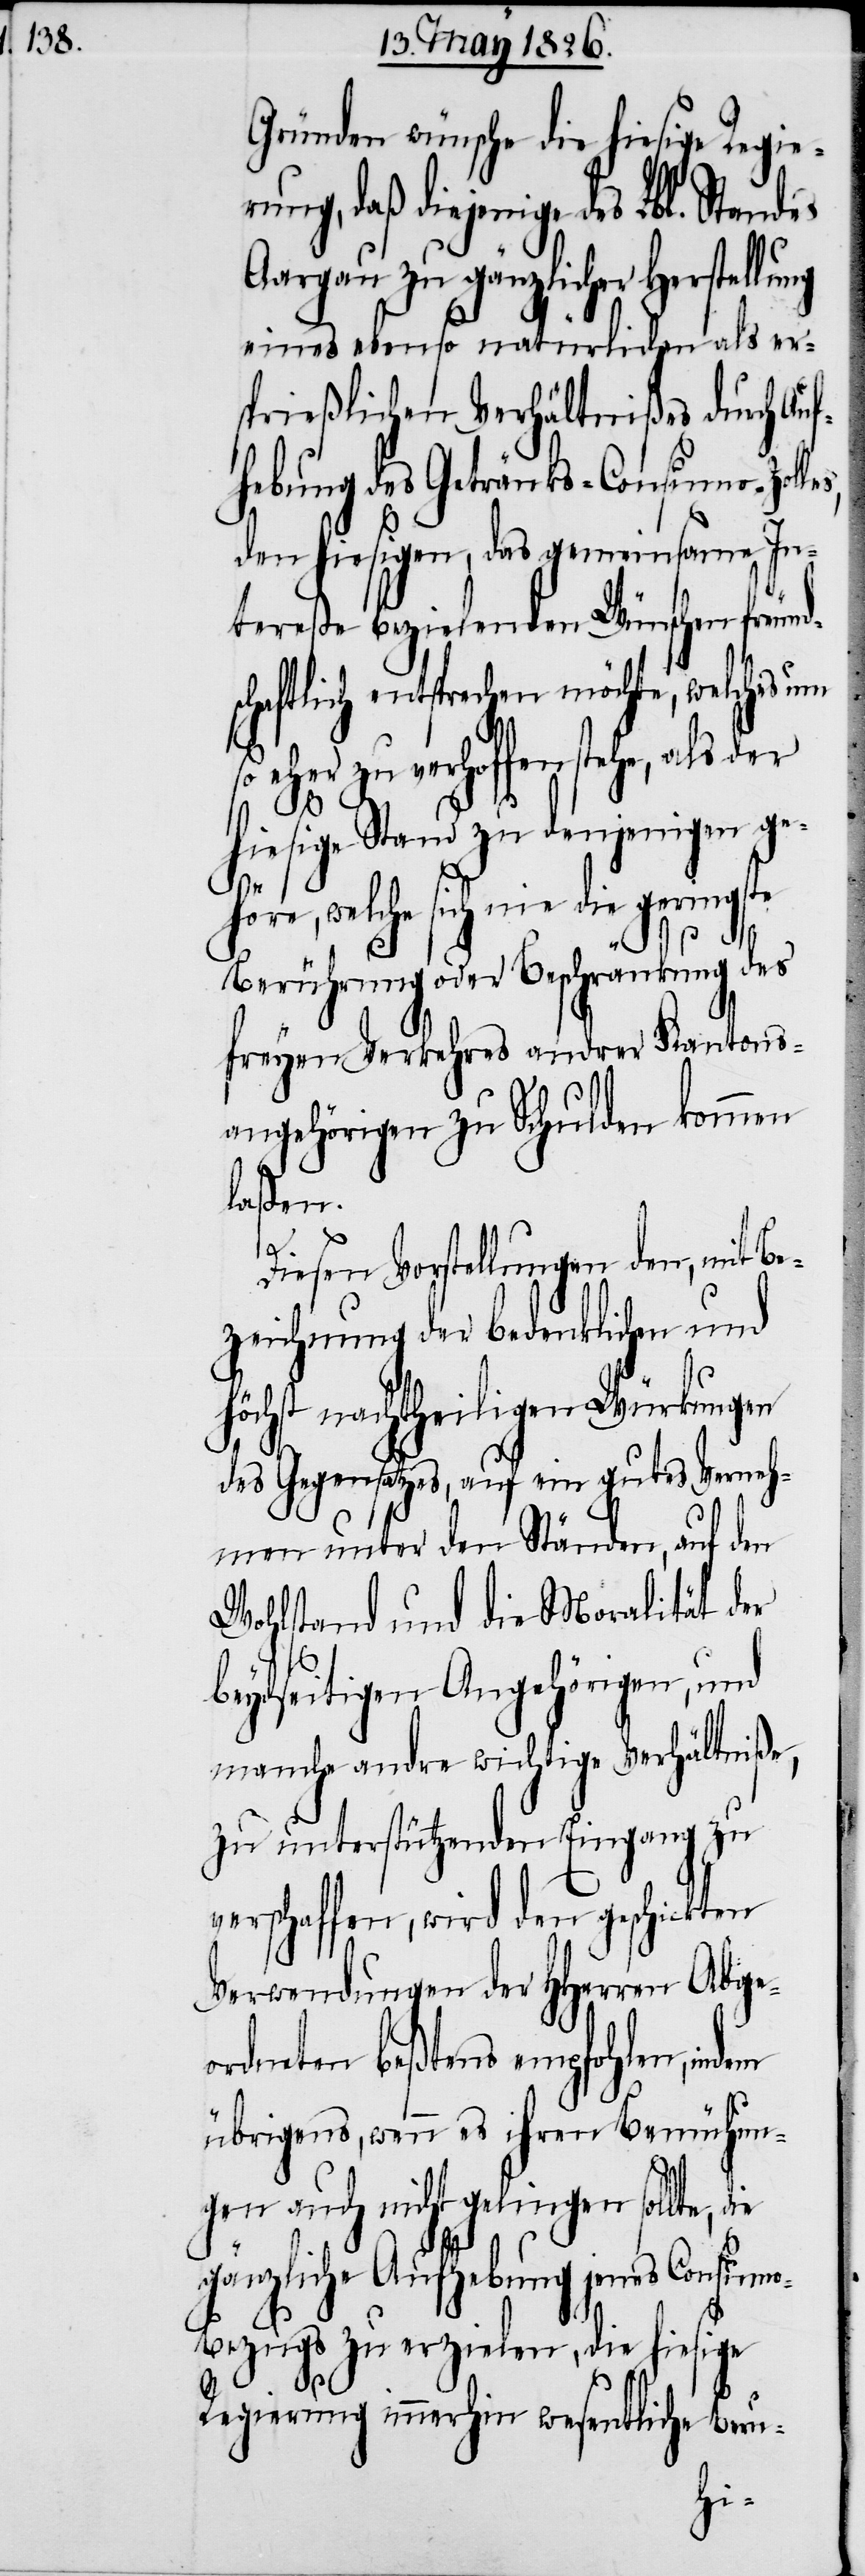
Gründen wünsche die hiesige Regier¬
ung, daß diejenige des
Aargau zu gänzlicher Herstellung
eines ebenso natürlichen als er¬
sprießlichen Verhältnißes durch Auf¬
hebung des Getränks-Consumo-Zolle¬
den hiesigen, das gemeinsame In¬
tereße bezielenden Wünschen freund¬
schaftlich entsprechen möchte, welches um
eher zu verhoffen stehe, als
hiesige Stand zu denjenigen geh¬
öre, welche sich nie die gerings¬
te
Berührung oder Beschränkung des
freyen Verkehres andrer Kantons¬
angehörigen zu Schulden kommen
laßen.
Diesen Vorstellungen den, mit Be¬
zeichnung der bedenklichen und
höchst nachtheiligen Würkungen
des Gegensatzes, auf ein gutes Verneh¬
men unter den Ständen, auf den
Wohlsand und die Moralität der
beydseitigen Angehörigen, und
manche andre wichtige Verhältniße,
zu unterstützenden Eingang zu
verschaffen, wird den geschickten
Verwendungen der HHerren Abge¬
ordneten beßtens empfohlen, indem
übrigens, wenn es ihren Bemühun¬
gen auch nicht gelingen sollte,
gänzliche Aufhebung jenes Consumo—B¬
ezugs zu erzielen, die hiesige
der
Regierung immerhin wesentliche Beru-